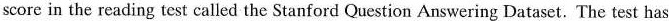
score in the reading test called the Stanford Question Answering Dataset. The test has